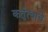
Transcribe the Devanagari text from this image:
कर्तुत्वाचे